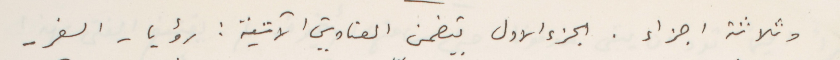
وثلاثة اجزاء. الجزء الاول يتضمن العناوين الآتية: رؤيا - السفر -